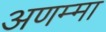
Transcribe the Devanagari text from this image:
अणम्मा